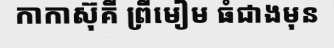
កាកាស៊ុគី ព្រីមៀម ធំជាងមុន